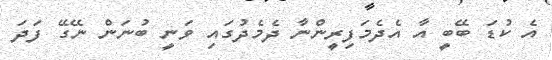
އެ ކުޑަ ބޭބީ އާ އެދެމަފިރީންނާ ދެމެދުގައި ވަނީ ބުނަން ނޭގޭ ފަދަ